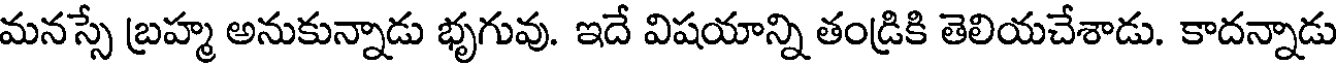
మనస్సే బ్రహ్మ అనుకున్నాడు భృగువు. ఇదే విషయాన్ని తండ్రికి తెలియచేశాడు. కాదన్నాడు